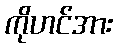
ကိုဟင်အား